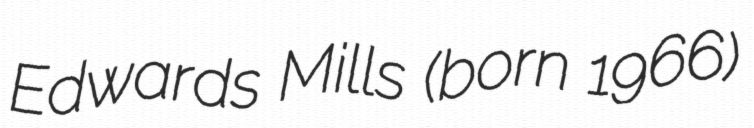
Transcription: Edwards Mills (born 1966)